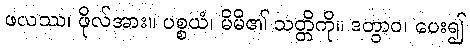
ဖလဿ၊ ဖိုလ်အား။ ပစ္စယံ၊ မိမိ၏ သတ္တိကို။ ဒတွာဝ၊ ပေး၍